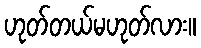
ဟုတ်တယ်မဟုတ်လား။